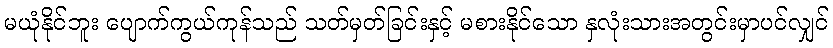
မယုံနိုင်ဘူး ပျောက်ကွယ်ကုန်သည် သတ်မှတ်ခြင်းနှင့် မစားနိုင်သော နှလုံးသားအတွင်းမှာပင်လျှင်